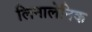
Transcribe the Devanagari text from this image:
लिनालेनिक